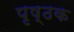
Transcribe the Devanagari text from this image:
पृष्ठक